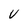
Character: V